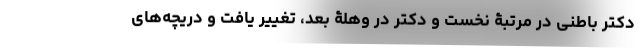
دکتر باطنی در مرتبۀ نخست و دکتر در وهلۀ بعد، تغییر یافت و در‌یچه‌های